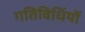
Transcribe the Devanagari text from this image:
गतिविधिंयों